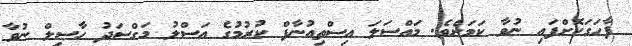
ފާހަގަކޮށްފައި ނުވާ ކަމަށެވެ. މައްސަލަ އިސްތިއުނާފް ކުރުމުގެ އަސްލު މަގްސަދު ހާސިލް ނުވާ